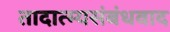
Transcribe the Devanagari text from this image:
तादात्म्यसंबंधवाद